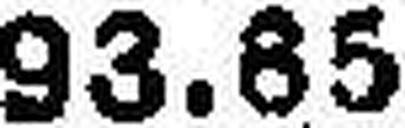
93.85